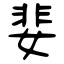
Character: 婓